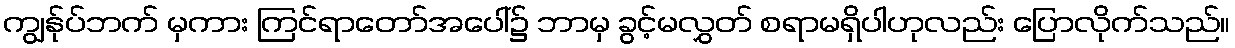
ကျွန်ုပ်ဘက် မှကား ကြင်ရာတော်အပေါ်၌ ဘာမှ ခွင့်မလွှတ် စရာမရှိပါဟုလည်း ပြောလိုက်သည်။